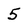
Character: 5